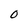
Character: O